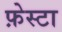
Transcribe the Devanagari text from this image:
फ़ेस्टा